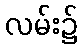
လမ်း၌